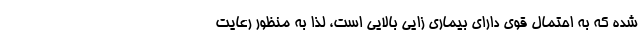
شده که به احتمال قوی دارای بیماری زایی بالایی است، لذا به منظور رعایت